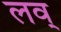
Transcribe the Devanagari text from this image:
लव्